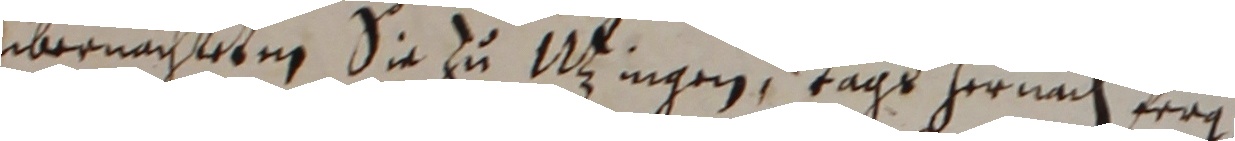
übernachtetm sie zu Uingen tags hernach ferg